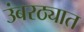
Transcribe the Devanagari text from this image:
उंबरठ्यात